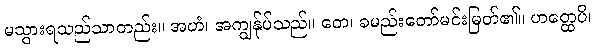
မသွားရသည်သာတည်း။ အဟံ၊ အကျွန်ုပ်သည်။ တေ၊ ခမည်းတော်မင်းမြတ်၏။ ဟတ္ထေပိ၊